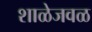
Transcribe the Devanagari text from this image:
शाळेजवळ